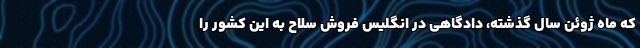
که ماه ژوئن سال گذشته، دادگاهی در انگلیس فروش سلاح به این کشور را